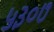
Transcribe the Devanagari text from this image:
५३०७